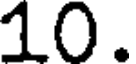
10.